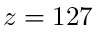
z = 1 2 7